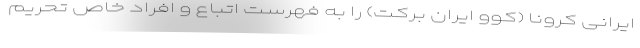
ایرانی کرونا (کوو ایران برکت) را به فهرست اتباع و افراد خاص تحریم